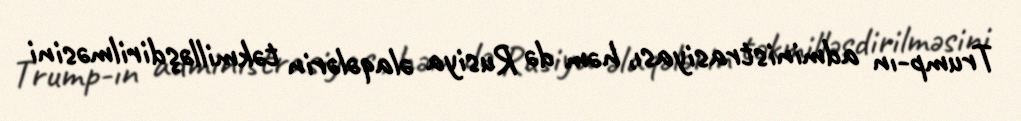
Trump-ın administrasiyası, həm də Rusiya əlaqələrin təkmilləşdirilməsini